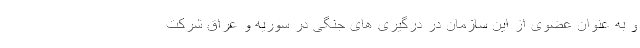
و به عنوان عضوی از این سازمان در درگیری های جنگی در سوریه و عراق شرکت